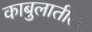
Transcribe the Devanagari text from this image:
काबुलातील